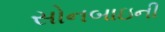
સોનબાઇની